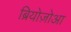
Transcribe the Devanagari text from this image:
ब्रियोज़ोआ